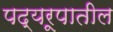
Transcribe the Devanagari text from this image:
पद्यरूपातील